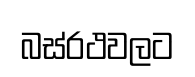
බස්රථවලට